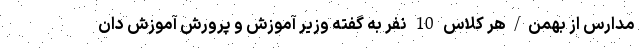
مدارس از بهمن/هر کلاس 10 نفر به گفته وزیر آموزش و پرورش آموزش دان